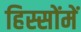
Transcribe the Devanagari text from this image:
हिस्सोंमें